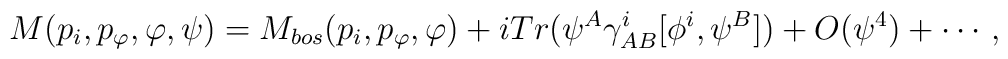
M(p_i,p_{\varphi},\varphi,\psi)=M_{bos}(p_i,p_{\varphi},\varphi)+iTr(\psi^A\gamma^i_{AB}[\phi^i,\psi^B])+O(\psi^4)+\cdots \,,